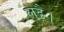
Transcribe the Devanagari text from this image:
लड़ै।